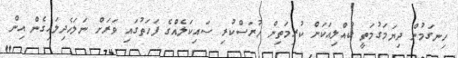
ހިނގަމުން ދިޔަމަގުމަތީ ކުއްލިއަކަށް ކުރިމަތިން ހުރަސްކުރި ސައިކަލެއްގެ ފަހަތުގައި ވަރަށް ނަލަހެދިލައިގެން އިން